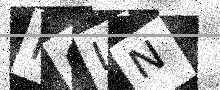
Text: FCLN